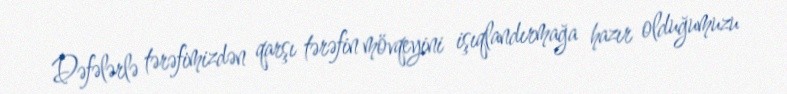
Dəfələrlə tərəfimizdən qarşı tərəfin mövqeyini işıqlandırmağa hazır olduğumuzu